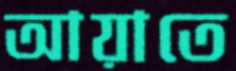
আয়াতে